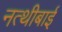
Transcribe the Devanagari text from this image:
नत्थीबाई